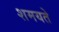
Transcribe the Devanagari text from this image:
शमयते